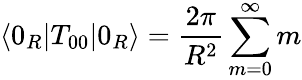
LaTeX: \langle 0_{R}|T_{00}|0_{R}\rangle={\frac{2\pi}{R^{2}}}\sum_{m=0}^{\infty}m